Vaccination United Provinces of Agra and Oudh 1914-1922 - 1914-1922
Year: 1914
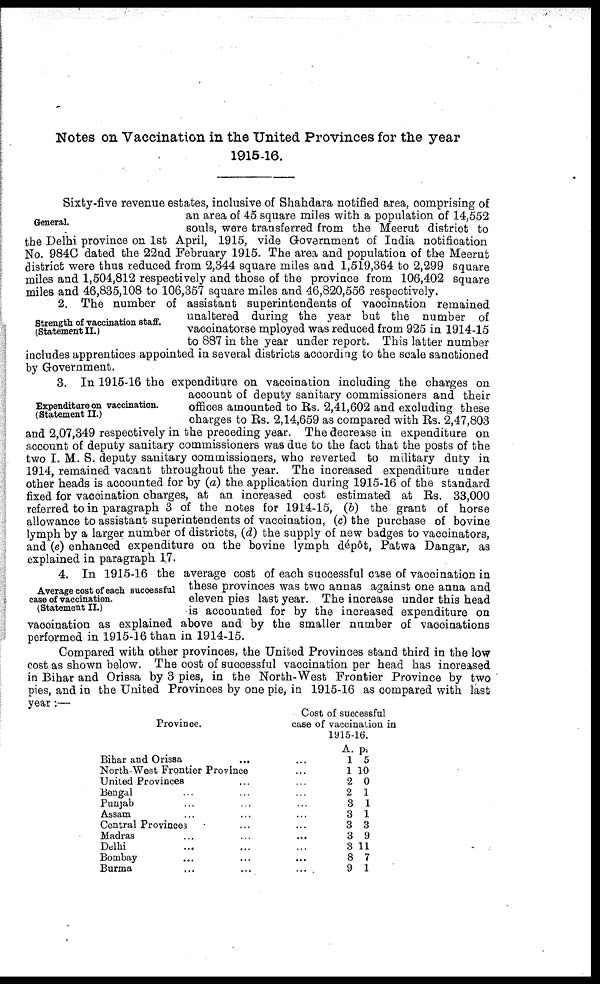
Notes on Vaccination in the United Provinces for the year
1915-16.
General.
Sixty-five revenue estates, inclusive of Shahdara notified area, comprising of
an area of 45 square miles with a population of 14,552
souls, were transferred from the Meerut district to
the Delhi province on 1st April, 1915, vide Government of India notification
No. 984C dated the 22nd February 1915. The area and population of the Meerut
district were thus reduced from 2,344 square miles and 1,519,364 to 2,299 square
miles and 1,504,812 respectively and those of the province from 106,402 square
miles and 46,835,108 to 106,357 square miles and 46,820,556 respectively.
Strength of vaccination staff.
(Statement II.)
2. The number of assistant superintendents of vaccination remained
unaltered during the year but the number of
vaccinatorse mployed was reduced from 925 in 1914-15
to 887 in the year under report. This latter number
includes apprentices appointed in several districts according to the scale sanctioned
by Government.
Expenditure on vaccination.
(Statement II.)
3. In 1915-16 the expenditure on vaccination including the charges on
account of deputy sanitary commissioners and their
offices amounted to Rs. 2,41,602 and excluding these
charges to Rs. 2,14,659 as compared with Rs. 2,47,803
and 2,07,349 respectively in the preceding year. The decrease in expenditure on
account of deputy sanitary commissioners was due to the fact that the posts of the
two I. M. S. deputy sanitary commissioners, who reverted to military duty in
1914, remained vacant throughout the year. The increased expenditure under
other heads is accounted for by (a) the application during 1915-16 of the standard
fixed for vaccination charges, at an increased cost estimated at Rs. 33,000
referred to in paragraph 3 of the notes for 1914-15, (b) the grant of horse
allowance to assistant superintendents of vaccination, (c) the purchase of bovine
lymph by a larger number of districts, (d) the supply of new badges to vaccinators,
and (e) enhanced expenditure on the bovine lymph dépôt, Patwa Dangar, as
explained in paragraph 17.
Average cost of each successful
case of vaccination.
(Statement II.)
4. In 1915-16 the average cost of each successful case of vaccination in
these provinces was two annas against one anna and
eleven pies last year. The increase under this head
is accounted for by the increased expenditure on
vaccination as explained above and by the smaller number of vaccinations
performed in 1915-16 than in 1914-15.
Compared with other provinces, the United Provinces stand third in the low
cost as shown below. The cost of successful vaccination per head has increased
in Bihar and Orissa by 3 pies, in the North-West Frontier Province by two
pies, and in the United Provinces by one pie, in 1915-16 as compared with last
year:—
Province.
Bihar and Orissa ...
North-West Frontier Province
United Provinces ...
Bengal ... ... ...
Punjab ... ... ...
Assam ... ... ...
Central Provinces ... ...
Madras ... ... ...
Delhi ... ... ...
Bombay ... ... ...
Burma ... ... ...
Cost of successful
case of vaccination in
1915-16.
...
...
...
...
...
...
...
...
...
...
...
A.
1
1
2
2
3
3
3
3
3
8
9
p
5
10
0
1
1
1
3
9
11
7
1